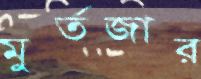
মুর্তজার